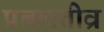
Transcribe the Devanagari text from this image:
प्रबलतीव्र